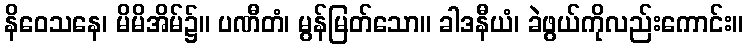
နိဝေသနေ၊ မိမိအိမ်၌။ ပဏီတံ၊ မွန်မြတ်သော။ ခါဒနီယံ၊ ခဲဖွယ်ကိုလည်းကောင်း။